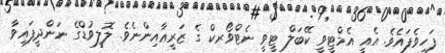
ފަހިވެފައެވެ. އެއީ އެމްޓީވީ ކޭބަލް ޓީވީ ނެޓްވޯރކް ގެ ޒަރީޢާއިންނެވެ. ލޮލީވުޑްގެ ނަންދީފައިވާ